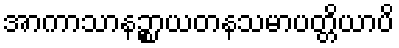
အာကာသာနဉ္စာယတနသမာပတ္တိယာပိ